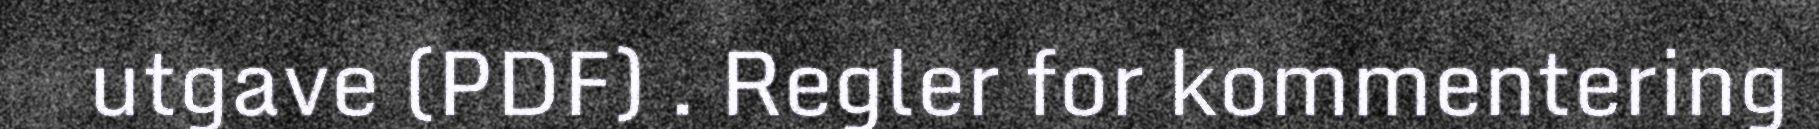
utgave (PDF) . Regler for kommentering